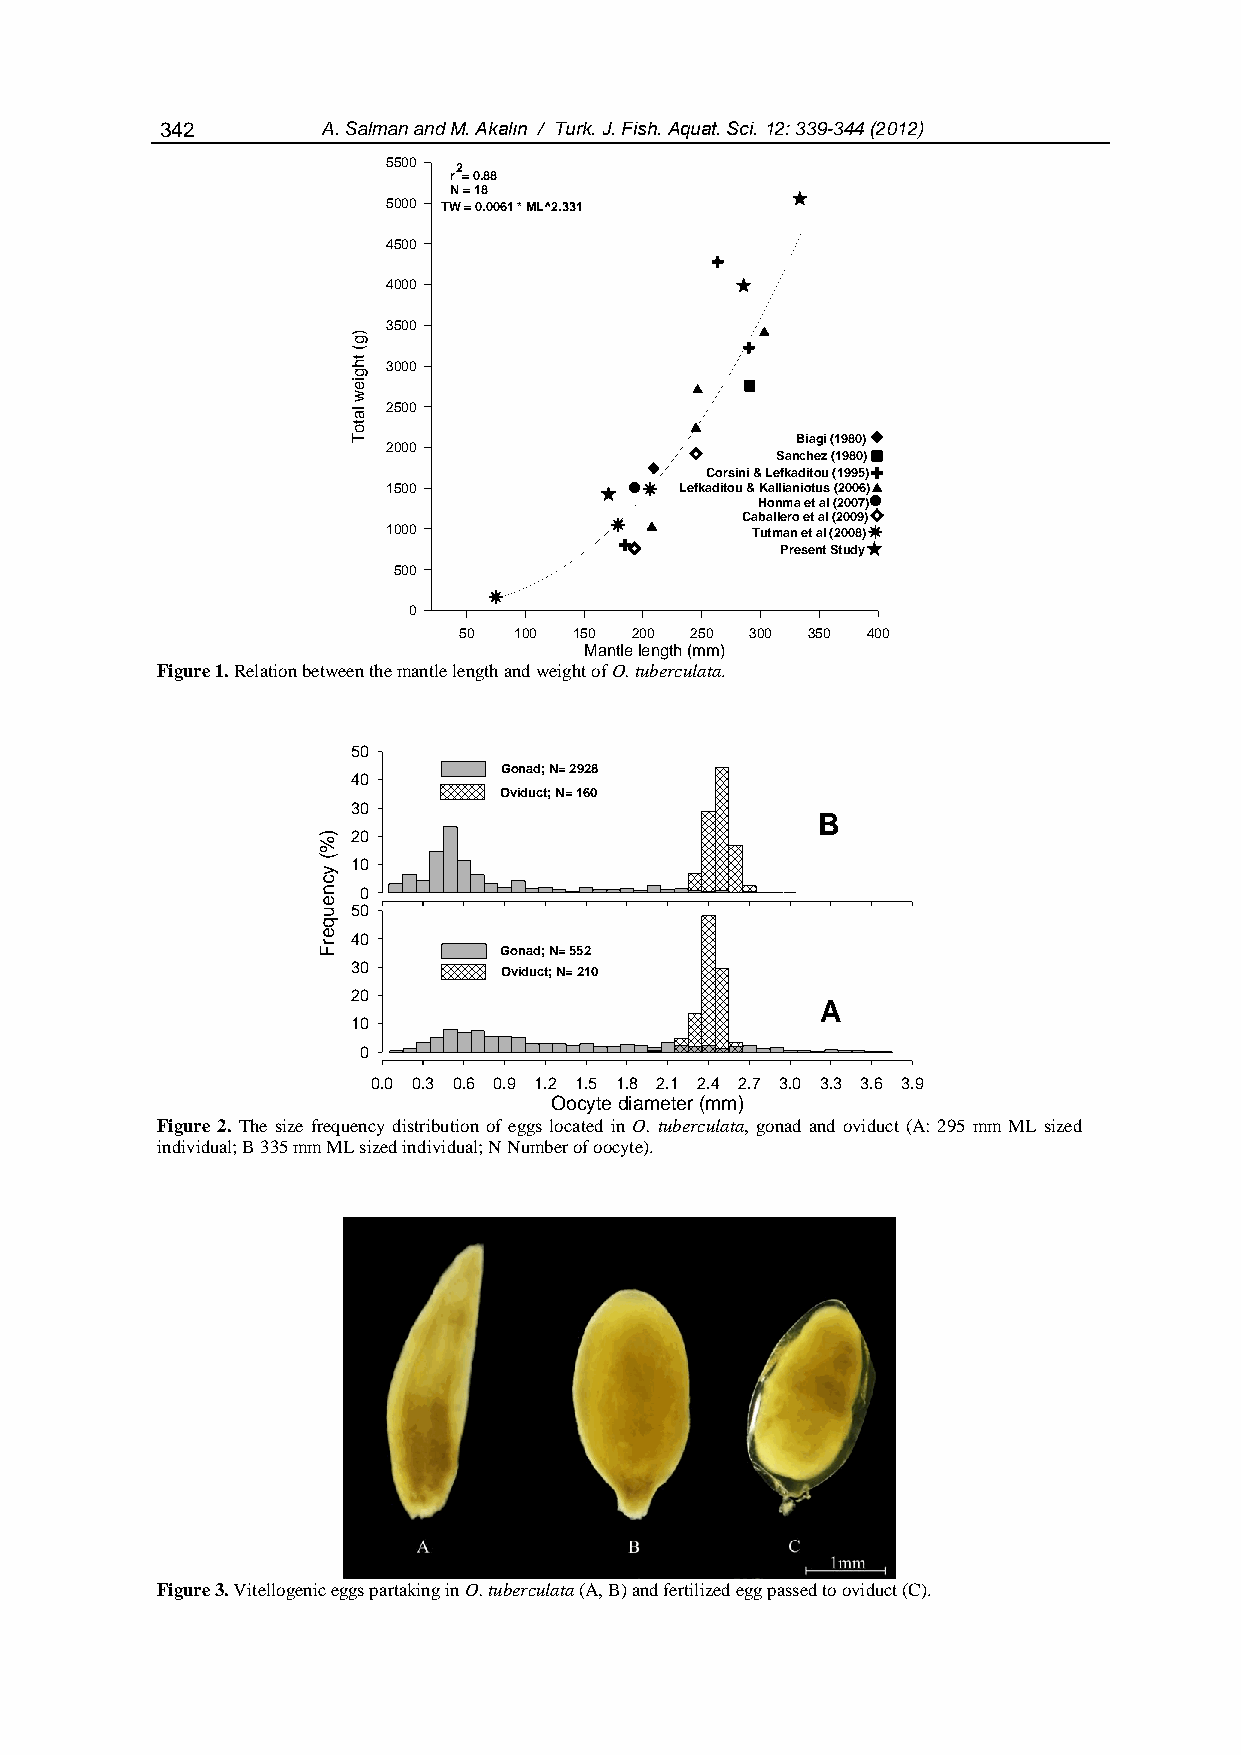
342       A. Salman and M. Akalın / Turk. J. Fish. Aquat. Sci. 12: 339-344 (2012)
 5500 2
 r = 0.88
 N = 18
 5000 TW = 0.0061 * ML^2.331
 4500
 4000
 3500
 )g
 (
 th 3000
 g
 ie
 w
 la 2500
 to
 T                             Biagi (1980)
 2000
 Sanchez (1980)
 Corsini & Lefkaditou (1995)
 1500               Lefkaditou & Kallianiotus (2006)
 Honma et al (2007)
 Caballero et al (2009)
 1000                    Tutman et al (2008)
 Present Study
 500
 0
 50  100 150 200 250 300 350 400
 Mantle length (mm)
 Figure 1. Relation between the mantle length and weight of O. tuberculata.
 Figure 2. The size frequency distribution of eggs located in O. tuberculata, gonad and oviduct (A: 295 mm ML sized
 individual; B 335 mm ML sized individual; N Number of oocyte).
 Figure 3. Vitellogenic eggs partaking in O. tuberculata (A, B) and fertilized egg passed to oviduct (C).
 )%(
 ycneuqerF
 5
 4
 3
 2
 1
 5
 4
 3
 2
 1
 0
 0
 0
 0
 0
 00
 0
 0
 0
 0
 0
 0 .0 0 .3 0 .6 0
 G o
 O v
 G o
 O v
 .9
 n a d ; N =
 id u c t; N
 n a d ; N =
 id u c t; N
 1 .2O
 2 9
 = 1
 5 5
 = 2
 1o
 c
 2 8
 6 0
 2
 1 0
 .5y
 te
 1
 d
 .8ia
 m
 2 .1e
 te r
 2
 (
 .4m
 m
 2) .7 3 .0
 B
 A
 3 .3 3 .6 3 .9